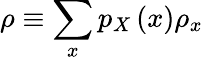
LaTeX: \rho\equiv\sum_{x}p_{X}\left(x\right)\rho_{x}